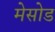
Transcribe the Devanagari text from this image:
मेसोड